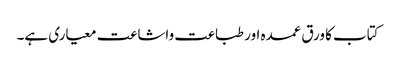
کتاب کا ورق عمدہ اور طباعت واشاعت معیاری ہے۔